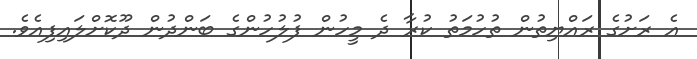
އެ ރަށުގެ ރައްޔިތުން ތުހުމަތު ކުރާ ދެ މީހުން ފުލުހުންގެ ބަންދުން ދޫކޮށްލައިފިއެވެ.